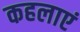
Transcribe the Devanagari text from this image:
कहलाएं